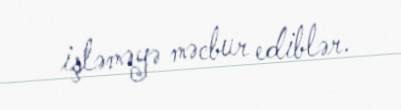
işləməyə məcbur ediblər.